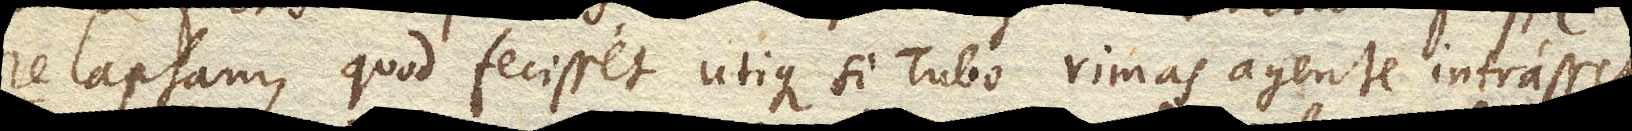
relapsam, quod fecisset utique si Tubo rimas agente intrasset